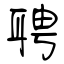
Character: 聘